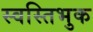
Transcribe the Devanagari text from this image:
स्वस्तिभुक